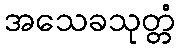
အသေခသုတ္တံ